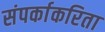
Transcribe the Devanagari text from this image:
संपर्काकरिता